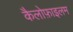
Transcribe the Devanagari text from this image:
कैलोफ़ाइलम